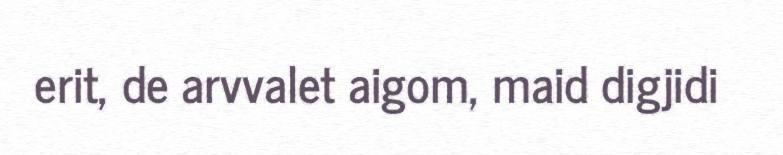
erit, de arvvalet aigom, maid digjidi